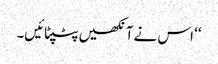
‘‘ اس نے آنکھیں پٹپٹائیں۔